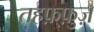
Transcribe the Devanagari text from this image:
तहफ़्फ़ुज़